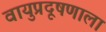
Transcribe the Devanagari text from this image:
वायुप्रदूषणाला